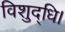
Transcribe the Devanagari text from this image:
विशुद्धि।